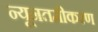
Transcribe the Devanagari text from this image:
न्यूनतमीकरण